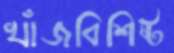
খাঁজবিশিষ্ট